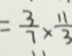
= \frac { 3 } { 7 } \times \frac { 1 1 } { 3 }